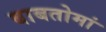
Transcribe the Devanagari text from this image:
बाबतोमां